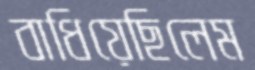
বাধিয়েছিলেম